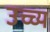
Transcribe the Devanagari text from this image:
उच्च्य